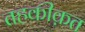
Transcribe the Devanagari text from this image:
तहकीक़त